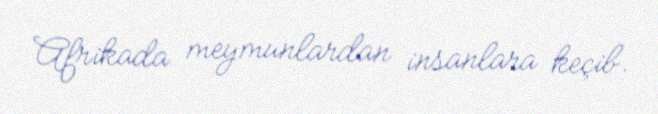
Afrikada meymunlardan insanlara keçib.